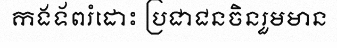
កងទ័ពរំដោះ ប្រជាជនចិនរួមមាន